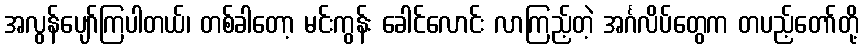
အလွန်ပျော်ကြပါတယ်၊ တစ်ခါတော့ မင်းကွန်း ခေါင်လောင်း လာကြည့်တဲ့ အင်္ဂလိပ်တွေက တပည့်တော်တို့